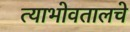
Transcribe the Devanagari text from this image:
त्याभोवतालचे